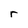
Character: r